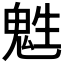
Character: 𩲵